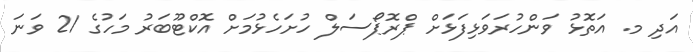
އަދި މ. އަތޮޅު ވަންހުރަވަޅިފަޅަށް ޕްރޮޕޯސަލް ހުށަހެޅުމަށް އޮކްޓޫބަރު މަހުގެ 21 ވަނަ